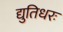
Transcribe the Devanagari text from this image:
द्युतिधरः